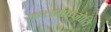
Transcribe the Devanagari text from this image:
फलमाप्नोति